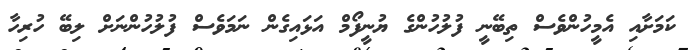
ކަމަށާއި އެމީހުންވެސް ތިބޭނީ ފުލުހުންގެ ޔުނީފޯމް އަޅައިގެން ނަމަވެސް ފުލުހުންނަށް ލިބޭ ހުރިހާ